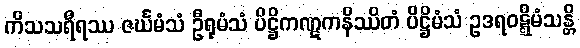
ကိသသရီရဿ ဇင်္ဃမံသံ ဦရုမံသံ ပိဋ္ဌိကဏ္ဋကနိဿိတံ ပိဋ္ဌိမံသံ ဥဒရဝဋ္ဋိမံသန္တိ